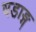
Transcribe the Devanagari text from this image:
षडाङ्ग